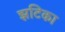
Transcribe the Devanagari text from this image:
झटिका